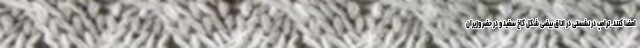
امضا کنند. ترامپ در نشستی در اتاق بیضی شکل کاخ سفید و در حضر وزیران